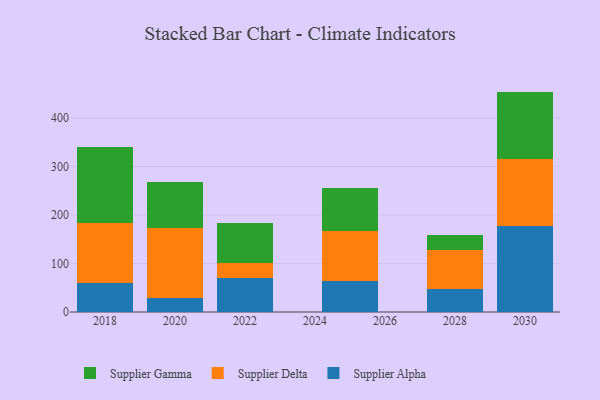
{"axis": {"x": "Year", "y": "Operating Costs (USD K)"}, "legend": ["Supplier Alpha", "Supplier Delta", "Supplier Gamma"], "data": [{"x": "2025", "y": 64.5, "type": "Supplier Alpha"}, {"x": "2025", "y": 103.5, "type": "Supplier Delta"}, {"x": "2025", "y": 87.2, "type": "Supplier Gamma"}, {"x": "2030", "y": 177.5, "type": "Supplier Alpha"}, {"x": "2030", "y": 139.1, "type": "Supplier Delta"}, {"x": "2030", "y": 138.1, "type": "Supplier Gamma"}, {"x": "2018", "y": 59.5, "type": "Supplier Alpha"}, {"x": "2018", "y": 124.9, "type": "Supplier Delta"}, {"x": "2018", "y": 155.2, "type": "Supplier Gamma"}, {"x": "2022", "y": 70.9, "type": "Supplier Alpha"}, {"x": "2022", "y": 30.4, "type": "Supplier Delta"}, {"x": "2022", "y": 81.3, "type": "Supplier Gamma"}, {"x": "2028", "y": 48.1, "type": "Supplier Alpha"}, {"x": "2028", "y": 79.6, "type": "Supplier Delta"}, {"x": "2028", "y": 31.1, "type": "Supplier Gamma"}, {"x": "2020", "y": 29.9, "type": "Supplier Alpha"}, {"x": "2020", "y": 143.6, "type": "Supplier Delta"}, {"x": "2020", "y": 95.0, "type": "Supplier Gamma"}]}